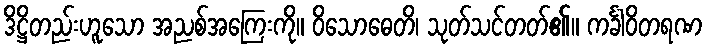
ဒိဋ္ဌိတည်းဟူသော အညစ်အကြေးကို။ ဝိသောဓေတိ၊ သုတ်သင်တတ်၏။ ကင်္ခါဝိတရဏ